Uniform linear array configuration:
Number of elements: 32
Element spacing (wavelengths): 0.25
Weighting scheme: hamming
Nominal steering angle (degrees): -15
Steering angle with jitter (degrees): -15.062
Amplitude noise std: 0.05
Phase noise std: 0.05

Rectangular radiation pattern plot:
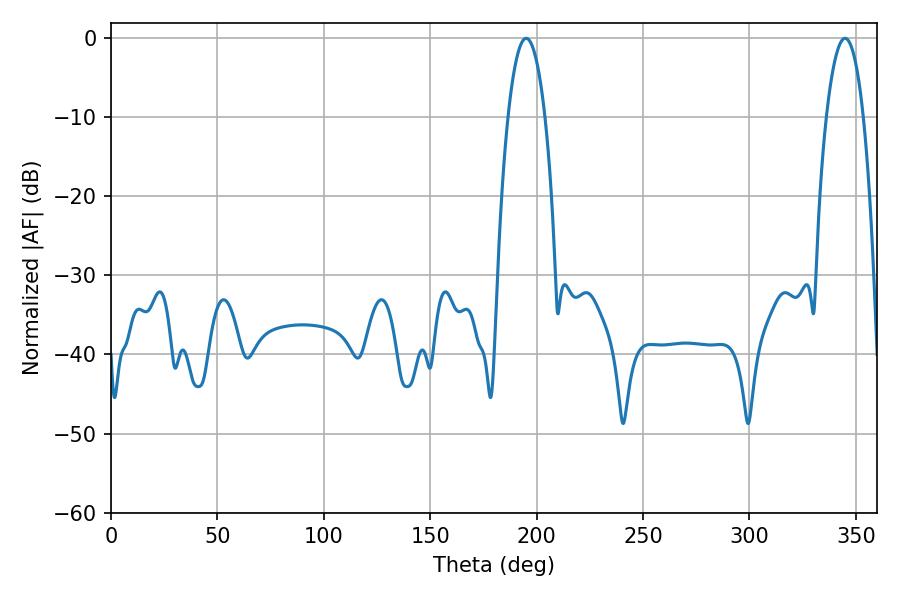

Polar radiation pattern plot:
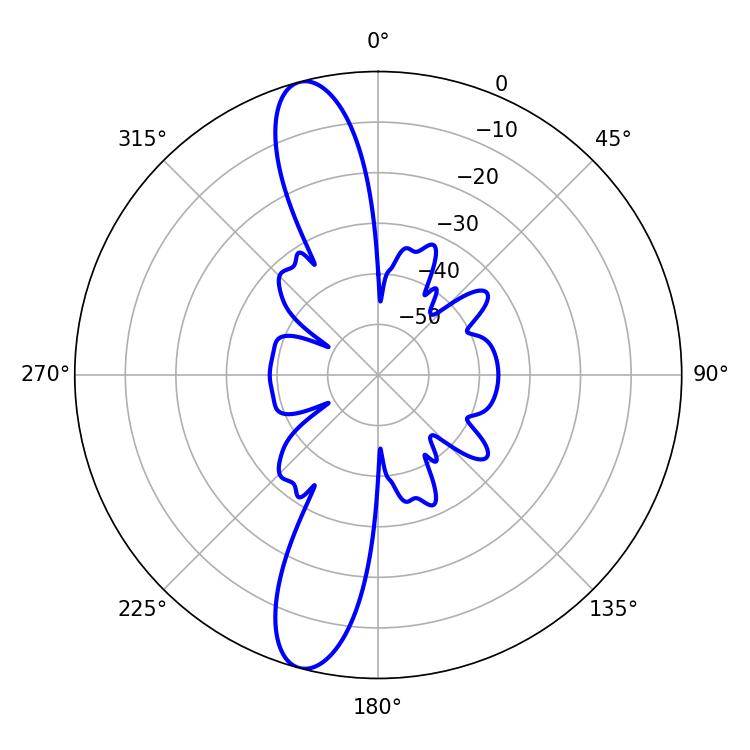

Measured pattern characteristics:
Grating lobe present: FALSE
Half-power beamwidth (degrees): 9.72
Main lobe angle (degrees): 195.12